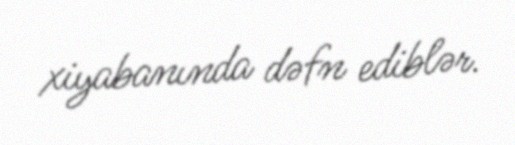
xiyabanında dəfn ediblər.